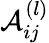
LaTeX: \mathcal{A}_{ij}^{(l)}